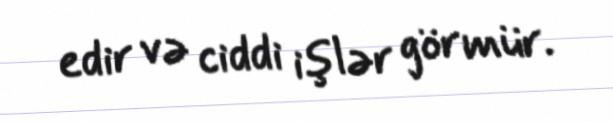
edir və ciddi işlər görmür.